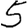
Digit: 5